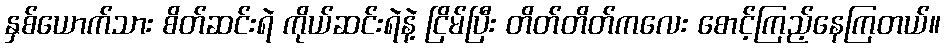
နှစ်ယောက်သား စိတ်ဆင်းရဲ ကိုယ်ဆင်းရဲနဲ့ ငြိမ်ပြီး တိတ်တိတ်ကလေး စောင့်ကြည့်နေကြတယ်။